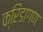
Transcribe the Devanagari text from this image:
क्रिंडागण